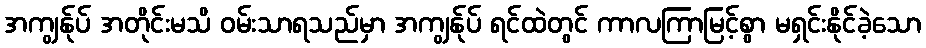
အကျွန်ုပ် အတိုင်းမသိ ဝမ်းသာရသည်မှာ အကျွန်ုပ် ရင်ထဲတွင် ကာလကြာမြင့်စွာ မရှင်းနိုင်ခဲ့သော